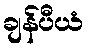
ချန်ပီယံ